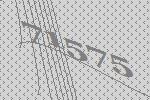
71575